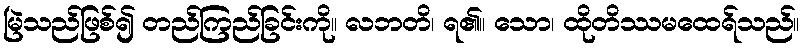
မြဲသည်ဖြစ်၍ တည်ကြည်ခြင်းကို။ လဘတိ၊ ရ၏။ သော၊ ထိုတိဿမထေရ်သည်။